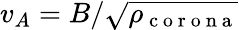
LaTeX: v_{A}=B/\sqrt{\rho_{\mathrm{~c~o~r~o~n~a~}}}